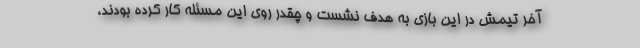
آخر تیمش در این بازی به هدف نشست و چقدر روی این مسئله کار کرده بودند،